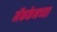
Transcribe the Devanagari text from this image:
मॅककेनच्या